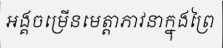
អង្គចម្រើនមេត្តាភាវនាក្នុងព្រៃ